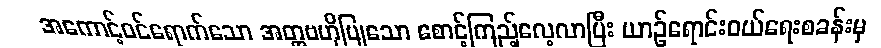
အကောင့်ဝင်ရောက်သော အတ္တဗဟိုပြုသော စောင့်ကြည့်လေ့လာပြီး ယာဉ်ရောင်းဝယ်ရေးစခန်းမှ